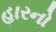
હારનો